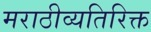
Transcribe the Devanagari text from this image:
मराठीव्यतिरिक्त